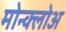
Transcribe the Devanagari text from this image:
मोन्क्लोअ